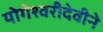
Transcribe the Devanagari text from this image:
योगेश्वरीदेवीने